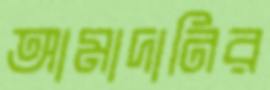
আমাদানির